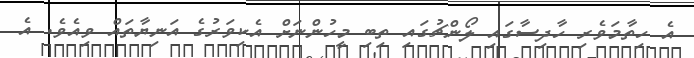
އެ ހިތާމަވެރި ހާދިސާގައި ލޯންޗުގައި ތިބި މީހުންނަށް އެކިވަރުގެ އަނިޔާތައް ވިއެވެ. އެ